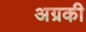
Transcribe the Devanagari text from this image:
अग्रकी